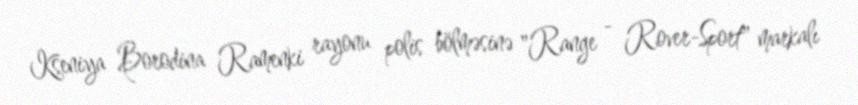
Kseniya Borodina Ramenki rayonu polis bölməsinə "Range - Rover-Sport" markalı